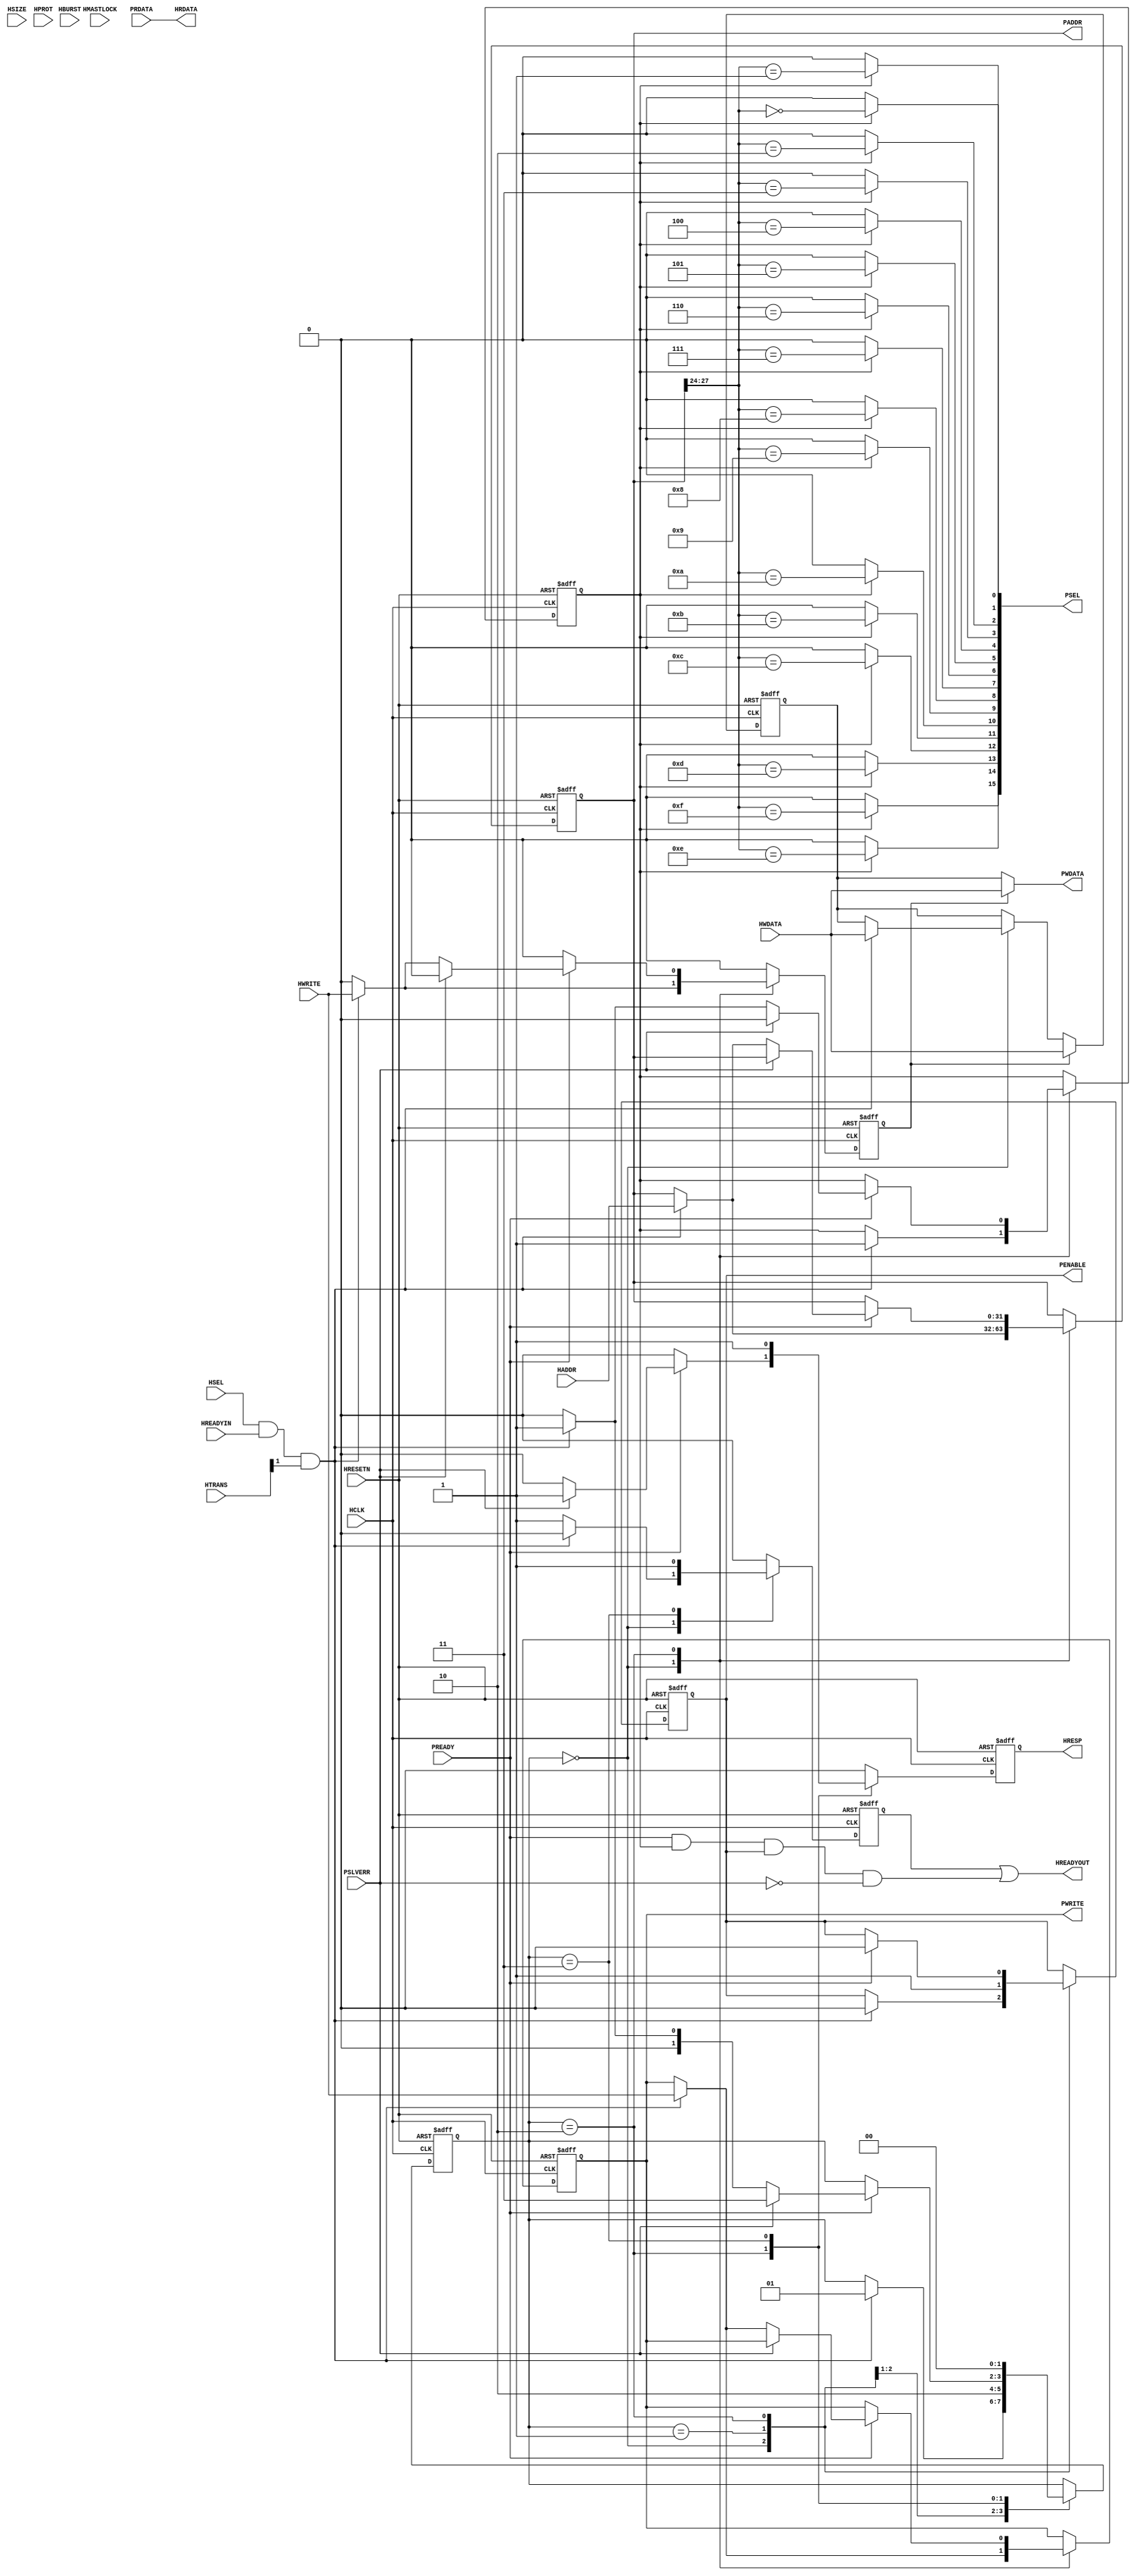
module BFM_AHB2APB (HCLK, HRESETN, HSEL, HWRITE, HADDR, HWDATA, HRDATA, HREADYIN, HREADYOUT, HTRANS, HSIZE, HBURST, HMASTLOCK, HPROT, HRESP, PSEL, PADDR, PWRITE, PENABLE, PWDATA, PRDATA, PREADY, PSLVERR);

    parameter  TPD  = 1;


    input HCLK; 
    input HRESETN; 
    input HSEL; 
    input HWRITE; 
    input[31:0] HADDR; 
    input[31:0] HWDATA; 
    output[31:0] HRDATA; 
    wire[31:0]  HRDATA;
    input HREADYIN; 
    output HREADYOUT; 
    wire  HREADYOUT;
    input[1:0] HTRANS; 
    input[2:0] HSIZE; 
    input[2:0] HBURST; 
    input HMASTLOCK; 
    input[3:0] HPROT; 
    output HRESP; 
    wire  HRESP;
    output[15:0] PSEL; 
    wire[15:0]  PSEL;
    output[31:0] PADDR; 
    wire[31:0]  PADDR;
    output PWRITE; 
    wire  PWRITE;
    output PENABLE; 
    wire  PENABLE;
    output[31:0] PWDATA; 
    wire[31:0]  PWDATA;
    input[31:0] PRDATA; 
    input PREADY; 
    input PSLVERR; 

    parameter[1:0] T0 = 0; 
    parameter[1:0] T2 = 1; 
    parameter[1:0] T345 = 2; 
    parameter[1:0] TR0 = 3; 
    reg[1:0] STATE; 
    reg HREADYOUT_P0; 
    reg HRESP_P0; 
    reg[15:0] PSEL_P0; 
    reg[31:0] PADDR_P0; 
    reg PWRITE_P0; 
    reg PENABLE_P0; 
    reg[31:0] PWDATA_P0; 
    wire[31:0] PWDATA_MUX; 
    reg DMUX; 
    reg PSELEN; 

    always @(posedge HCLK or negedge HRESETN)
    begin
        if (HRESETN == 1'b0)
        begin
            STATE  <= T0 ; 
            HREADYOUT_P0 <= 1'b1 ; 
            PADDR_P0   <= {32{1'b0}} ; 
            PWDATA_P0  <= {32{1'b0}} ; 
            PWRITE_P0  <= 1'b0 ; 
            PENABLE_P0 <= 1'b0 ; 
            HRESP_P0   <= 1'b0 ; 
            DMUX       <= 1'b0 ; 
            PSELEN     <= 1'b0 ; 
        end
        else
        begin
            HRESP_P0 <= 1'b0 ; 
            HREADYOUT_P0 <= 1'b0 ; 
            DMUX <= 1'b0 ; 
            case (STATE)
                T0 :
                            begin
                                if (HSEL == 1'b1 & HREADYIN == 1'b1 & (HTRANS[1]) == 1'b1)
                                begin
                                    STATE <= T2 ; 
                                    PADDR_P0 <= HADDR ; 
                                    PWRITE_P0 <= HWRITE ; 
                                    PWDATA_P0 <= HWDATA ; 
                                    PENABLE_P0 <= 1'b0 ; 
                                    DMUX <= HWRITE ; 
                                    PSELEN <= 1'b1 ; 
                                end
                                else
                                begin
                                    HREADYOUT_P0 <= 1'b1 ; 
                                end 
                            end
                T2 :
                            begin
                                PENABLE_P0 <= 1'b1 ; 
                                STATE <= T345 ; 
                            end
                T345 :
                            begin
                                if (PREADY == 1'b1)
                                begin
                                    PENABLE_P0 <= 1'b0 ; 
                                    PSELEN <= 1'b0 ; 
                                    if (PSLVERR == 1'b0)
                                    begin
                                        STATE <= T0 ; 
                                        if (HSEL == 1'b1 & HREADYIN == 1'b1 & (HTRANS[1]) == 1'b1)
                                        begin
                                            STATE <= T2 ; 
                                            PADDR_P0 <= HADDR ; 
                                            PWRITE_P0 <= HWRITE ; 
                                            DMUX <= HWRITE ; 
                                            PSELEN <= 1'b1 ; 
                                        end 
                                    end
                                    else
                                    begin
                                        HRESP_P0 <= 1'b1 ; 
                                        STATE <= TR0 ; 
                                    end 
                                end 
                            end
                TR0 :
                            begin
                                HRESP_P0 <= 1'b1 ; 
                                HREADYOUT_P0 <= 1'b1 ; 
                                STATE <= T0 ; 
                            end
            endcase 
            if (DMUX == 1'b1)
            begin
                PWDATA_P0 <= HWDATA ; 
            end 
        end 
    end 

    always @(PADDR_P0 or PSELEN)
    begin
        PSEL_P0 <= {16{1'b0}} ; 
        if (PSELEN == 1'b1)
        begin
            begin : xhdl_3
                integer i;
                for(i = 0; i <= 15; i = i + 1)
                begin
                    PSEL_P0[i] <= (PADDR_P0[27:24] == i) ; 
                end
            end 
        end 
    end 
    	
    assign      PWDATA_MUX = (DMUX == 1'b1) ? HWDATA : PWDATA_P0 ;
    assign #TPD HRDATA     = PRDATA ;
    assign #TPD HREADYOUT  = HREADYOUT_P0 | (PREADY & PSELEN & PENABLE_P0 & ~PSLVERR) ;
    assign #TPD HRESP      = HRESP_P0 ;
    assign #TPD PSEL       = PSEL_P0 ;
    assign #TPD PADDR      = PADDR_P0 ;
    assign #TPD PWRITE     = PWRITE_P0 ;
    assign #TPD PENABLE    = PENABLE_P0 ;
    assign #TPD PWDATA     = PWDATA_MUX ;

endmodule